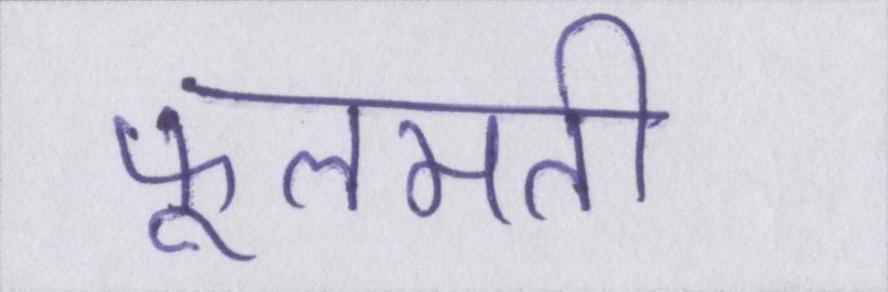
फूलमती